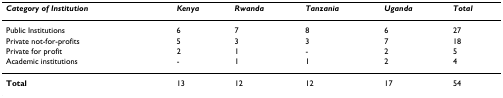
| Category of Institution | Kenya | Rwanda | Tanzania | Uganda | Total |
 | --- | --- | --- | --- | --- | --- |
 | Public Institutions | 6 | 7 | 8 | 6 | 27 |
 | Private not-for-profits | 5 | 3 | 3 | 7 | 18 |
 | Private for profit | 2 | 1 | - | 2 | 5 |
 | Academic institutions | - | 1 | 1 | 2 | 4 |
 | Total | 13 | 12 | 12 | 17 | 54 |